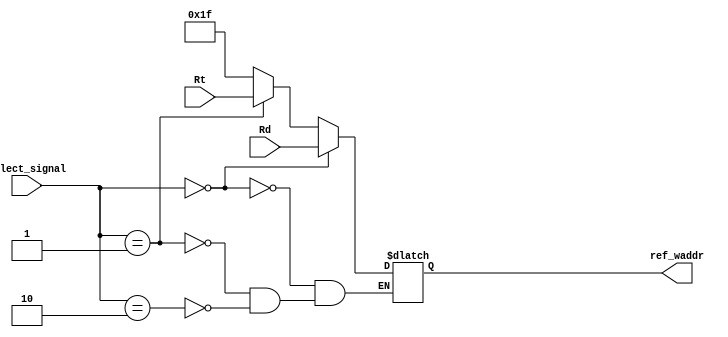
module mux31_1 (
    input [4:0] Rt,
    input [4:0] Rd,
    input [1:0] select_signal,
    output reg[4:0] ref_waddr
);
// this module is to select a write addr for regfile ,3 candidates are Rd( most r instr), Rt (most i instr) and ra(jal)
localparam ra=5'b11111; // ra register, just for jal instruction


always @(*) 
begin
    if(select_signal==2'b00)
        ref_waddr<=Rd;
    else if(select_signal==2'b01)
        ref_waddr<=Rt;
    else if(select_signal==2'b10)
        ref_waddr<=ra;
end

endmodule //mux31_1